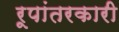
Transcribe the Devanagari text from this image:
रूपांतरकारी